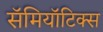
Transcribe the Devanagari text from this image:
सॅमियॉटिक्स